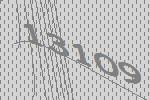
13109